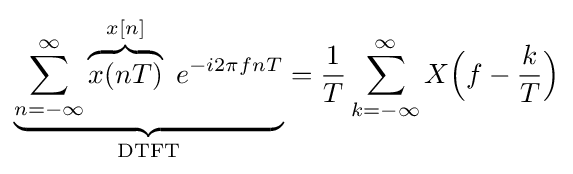
\underbrace {\sum _{n=-\infty }^{\infty }\overbrace {x(nT)} ^{x[n]}\ e^{-i2\pi fnT}} _{\text{DTFT}}={\frac {1}{T}}\sum _{k=-\infty }^{\infty }X{\Bigl (}f-{\frac {k}{T}}{\Bigr )}